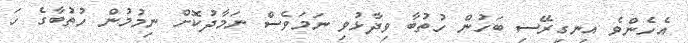
އެހެންވެ އިނގިރޭސި ބަހުން ހުތުބާ ވިދާޅުވި ނަމަވެސް ނަމާދުކޮށް ނިމުމުން ހުތުބާގެ ހަ